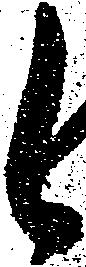
候